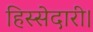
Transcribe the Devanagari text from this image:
हिस्सेदारी।